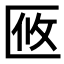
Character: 𠤼